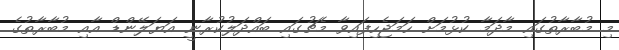
މި މުބާރާތުގައި މާދަމާ ކުޅުމަށް ހަމަޖެހިފައިވާ މެޗުގައި ބައްދަލުކުރާނީ އަޔަލޭންޑް އާއި މުބާރާތުގެ